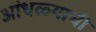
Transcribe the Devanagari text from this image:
आंधळ्याची